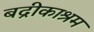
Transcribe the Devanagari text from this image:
बद्रीकाश्रम